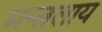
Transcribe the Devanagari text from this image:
मन्त्रलाय